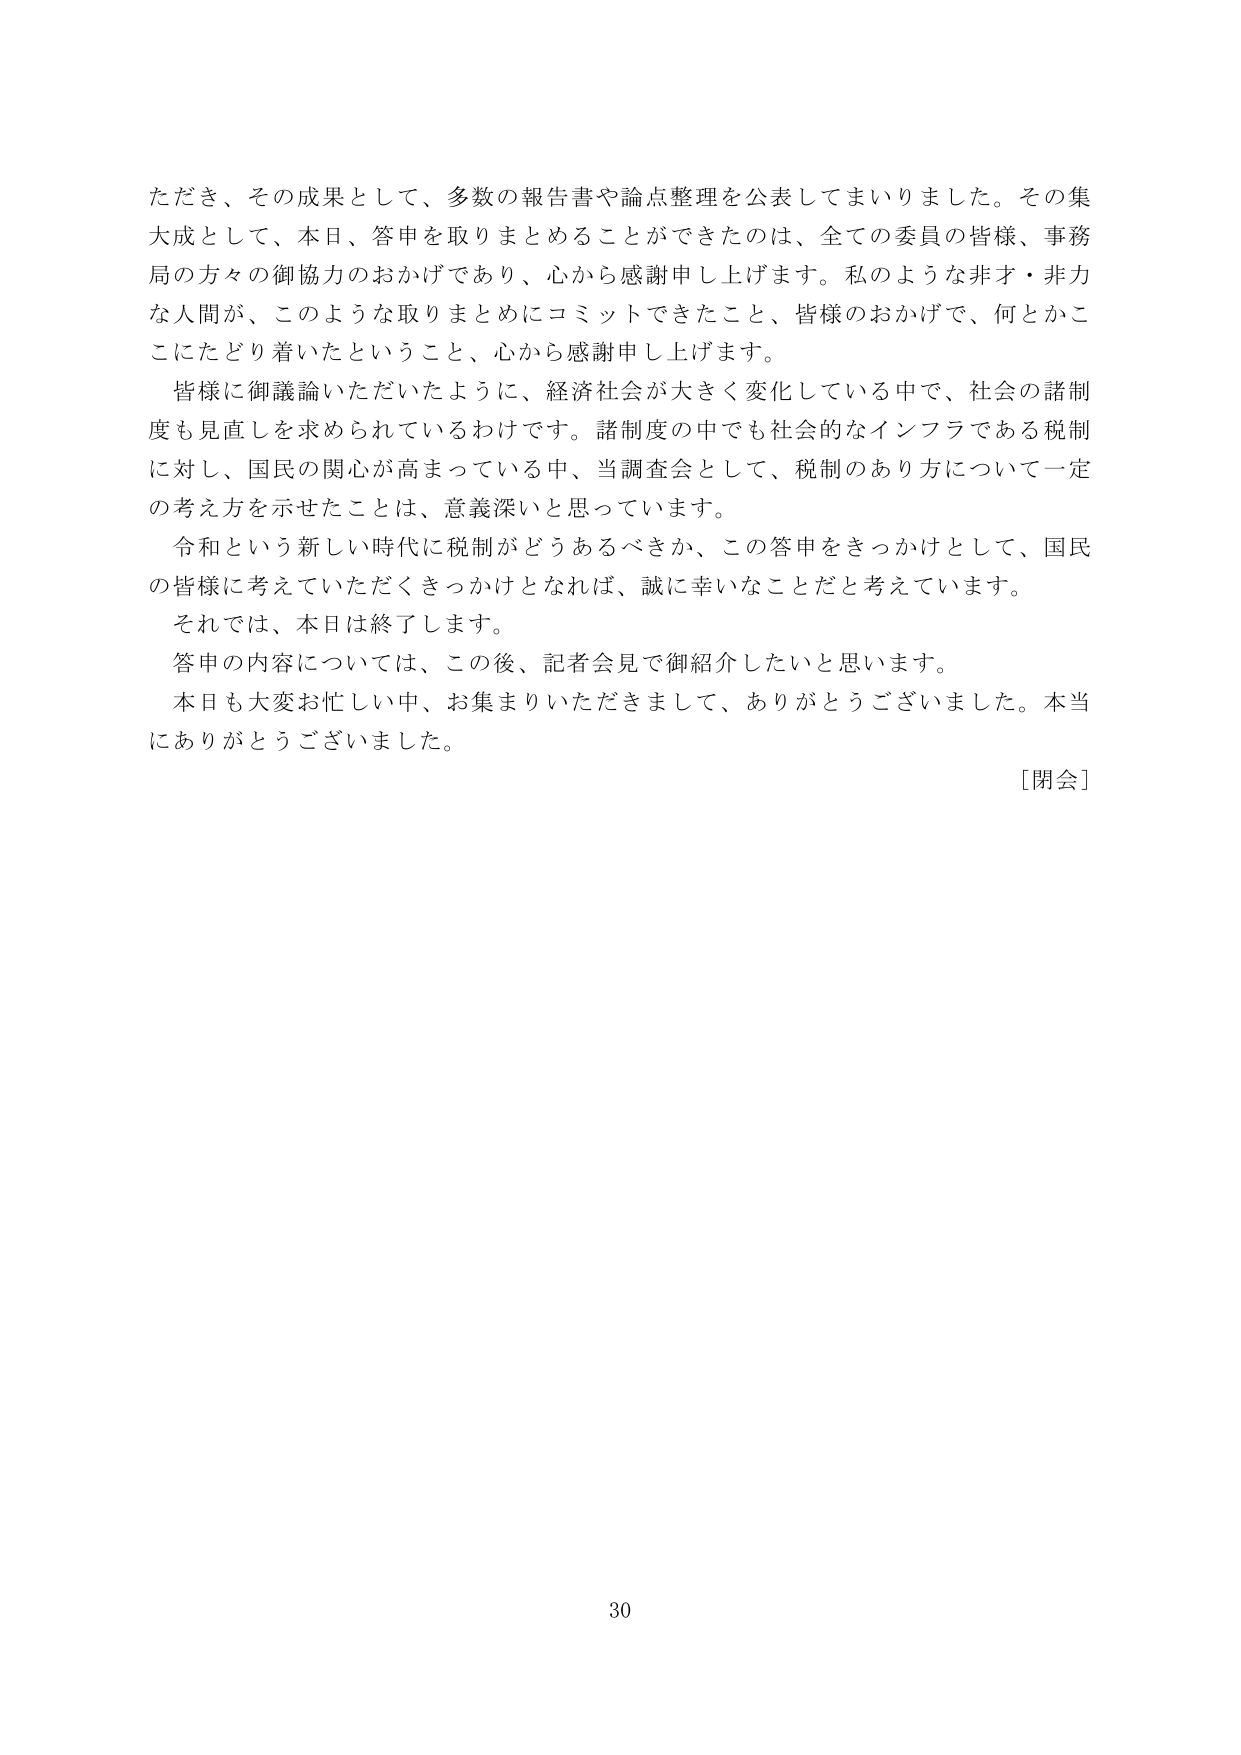
ただき、その成果として、多数の報告書や論点整理を公表してまいりました。その集大成として、本日、答申を取りまとめることができたのは、全ての委員の皆様、事務局の方々の御協力のおかげであり、心から感謝申し上げます。私のような非才・非力な人間が、このような取りまとめにコミットできたこと、皆様のおかげで、何とかここにたどり着いたということ、心から感謝申し上げます。

皆様に御議論いただいたように、経済社会が大きく変化している中で、社会の諸制度も見直しを求められているわけです。諸制度の中でも社会的なインフラである税制に対し、国民の関心が高まっている中、当調査会として、税制のあり方について一定の考え方を示せたことは、意義深いと思っています。

令和という新しい時代に税制がどうあるべきか、この答申をきっかけとして、国民の皆様に考えていただきたくきっかけとなれば、誠に幸いなことだと考えています。

それでは、本日は終了します。

答申の内容については、この後、記者会見で御紹介したいと思います。

本日も大変お忙しい中、お集まりいただきまして、ありがとうございました。本当にありがとうございました。

[閉会]

30